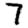
Digit: 7